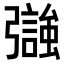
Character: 𢐵